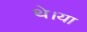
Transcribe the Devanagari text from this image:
थे।या